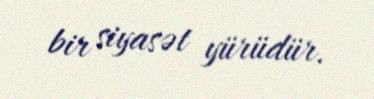
bir siyasət yürüdür.